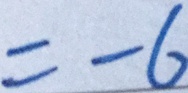
= - 6